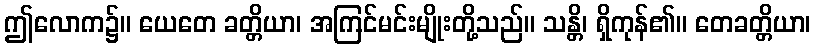
ဤလောက၌။ ယေတေ ခတ္တိယာ၊ အကြင်မင်းမျိုးတို့သည်။ သန္တိ၊ ရှိကုန်၏။ တေခတ္တိယာ၊